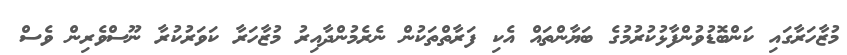
މުޒާހަރާގައި ކަންބޮޑުވުންފާޅުކުރުމުގެ ބަޔާންތައް އެކި ފަރާތްތަކުން ނެރެމުންދާއިރު މުޒާހަރާ ކަވަރުކުރާ ނޫސްވެރިން ވެސް